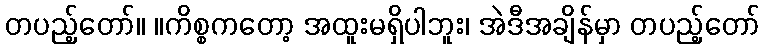
တပည့်တော်။ ။ကိစ္စကတော့ အထူးမရှိပါဘူး၊ အဲဒီအချိန်မှာ တပည့်တော်